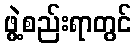
ဖွဲ့စည်းရာတွင်